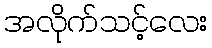
အလိုက်သင့်လေး